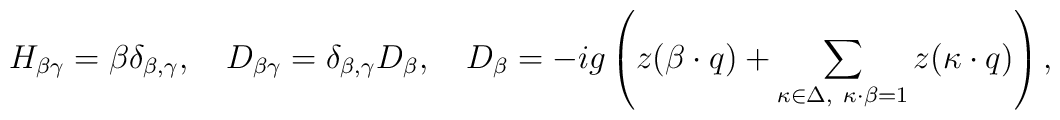
H_{\beta \gamma}=\beta \delta_{\beta, \gamma},\quad   	D_{\beta \gamma}= \delta_{\beta, \gamma}D_{\beta},\quad   	D_{\beta}=-ig\left(z(\beta\cdot q)+\sum_{\kappa\in\Delta,\     	\kappa\cdot\beta=1}z(\kappa\cdot q)\right),